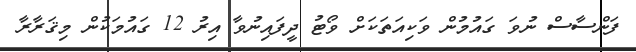
ފަންސާސް ނުވަ ގައުމުން ވަކިއަތަކަށް ވޯޓު ދީފައިނުވާ އިރު 12 ގައުމަކުން މިޤަރާރާ